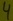
Text: 4